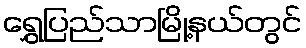
ရွှေပြည်သာမြို့နယ်တွင်